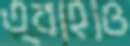
ত্বাহাও